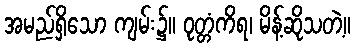
အမည်ရှိသော ကျမ်း၌။ ဝုတ္တံကိရ၊ မိန့်ဆိုသတဲ့။